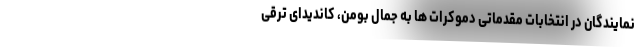
نمایندگان در انتخابات مقدماتی دموکرات ها به جمال بومن، کاندیدای ترقی